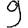
Digit: 9